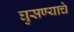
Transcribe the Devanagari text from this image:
घुसण्याचे